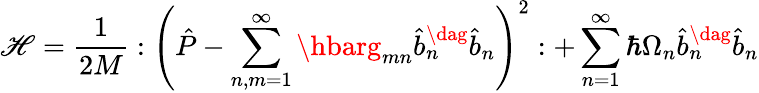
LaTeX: \mathscr{H}=\frac{{1}}{{2M}}:\left(\hat{{P}}-\sum_{n,m=1}^{\infty}\hbarg_{mn}\hat{{b}}_{n}^{\dag}\hat{{b}}_{n}\right)^{2}:+\sum_{n=1}^{\infty}\hbar\Omega_{n}\hat{{b}}_{n}^{\dag}\hat{{b}}_{n}